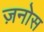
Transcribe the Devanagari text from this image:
ज़नोस